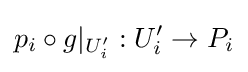
p_{i}\circ g|_{U_{i}'}:U_{i}'\to P_{i}